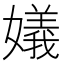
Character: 嬟